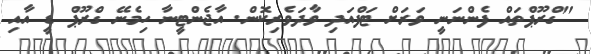
"ގްރޫޕްތައް ފެންނަނީ ވަރަށް ޓަފްއަދި ވާދަވެރިކޮން. އާޖެންޓީނާ ހިމެނޭ ގްރޫޕް ޑީ އާއި